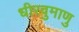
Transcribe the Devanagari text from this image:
धीरवुमाणु